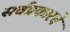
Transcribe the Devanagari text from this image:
सर्वप्रकारचे